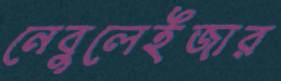
নেবুলেইজার